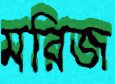
মরিজ